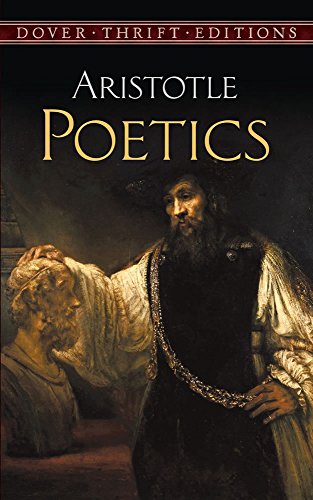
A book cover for Poetics (Dover Thrift Editions); Aristotle; Literature & Fiction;